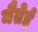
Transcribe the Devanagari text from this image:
मैतेई